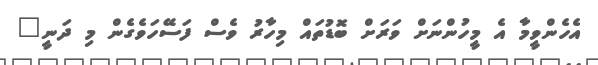
އެހެންވީމާ އެ މީހުންނަށް ވަރަށް ބޮޑުތައް މިހާރު ވެސް ފަސޭހަވެގެން މި ދަނީ"